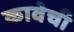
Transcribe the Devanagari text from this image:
कावेची